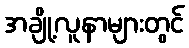
အချို့လူနာများတွင်